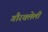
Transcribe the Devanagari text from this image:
गौरवलेली